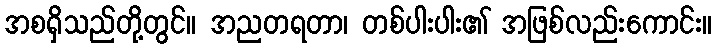
အစရှိသည်တို့တွင်။ အညတရတာ၊ တစ်ပါးပါး၏ အဖြစ်လည်းကောင်း။